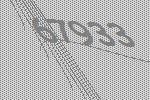
67933